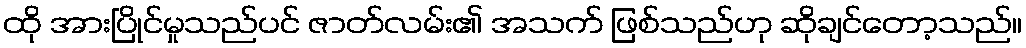
ထို အားပြိုင်မှုသည်ပင် ဇာတ်လမ်း၏ အသက် ဖြစ်သည်ဟု ဆိုချင်တော့သည်။